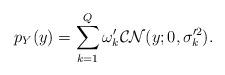
LaTeX: \begin{align*}p_{Y}(y)=\sum\limits_{k=1}^{Q}\omega^{\prime}_k\mathcal{CN}(y;0,\sigma_k^{\prime2}).\end{align*}